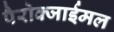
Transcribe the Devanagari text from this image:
पैरोक्जाईमल